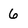
Character: 6